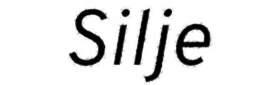
Silje